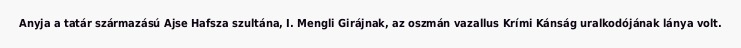
Anyja a tatár származású Ajse Hafsza szultána, I. Mengli Girájnak, az oszmán vazallus Krími Kánság uralkodójának lánya volt.